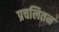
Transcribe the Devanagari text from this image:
प्रचलितन